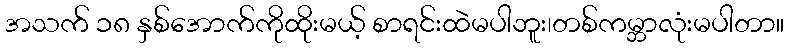
အသက် ၁၈ နှစ်အောက်ကိုထိုးမယ့် စာရင်းထဲမပါဘူး၊တစ်ကမ္ဘာလုံးမပါတာ။